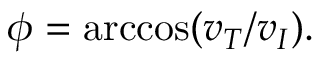
\phi = \operatorname { a r c c o s } ( v _ { T } / v _ { I } ) .